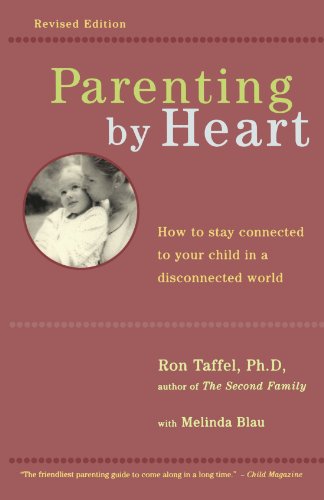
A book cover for Parenting by Heart: How to Stay Connected to Your Child in a Disconnected World; Ron Taffel; Parenting & Relationships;